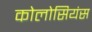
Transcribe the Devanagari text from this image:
कोलोसियंस